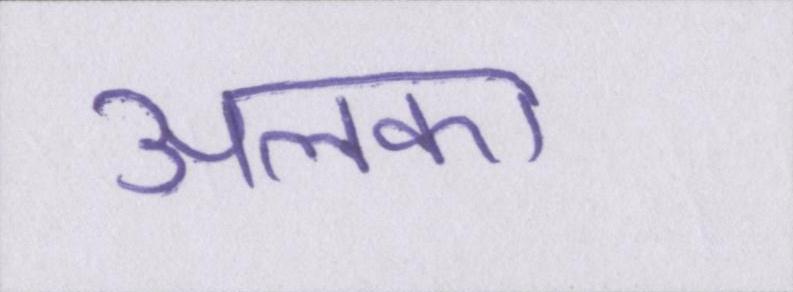
अलका